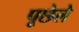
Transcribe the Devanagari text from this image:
पूछेले